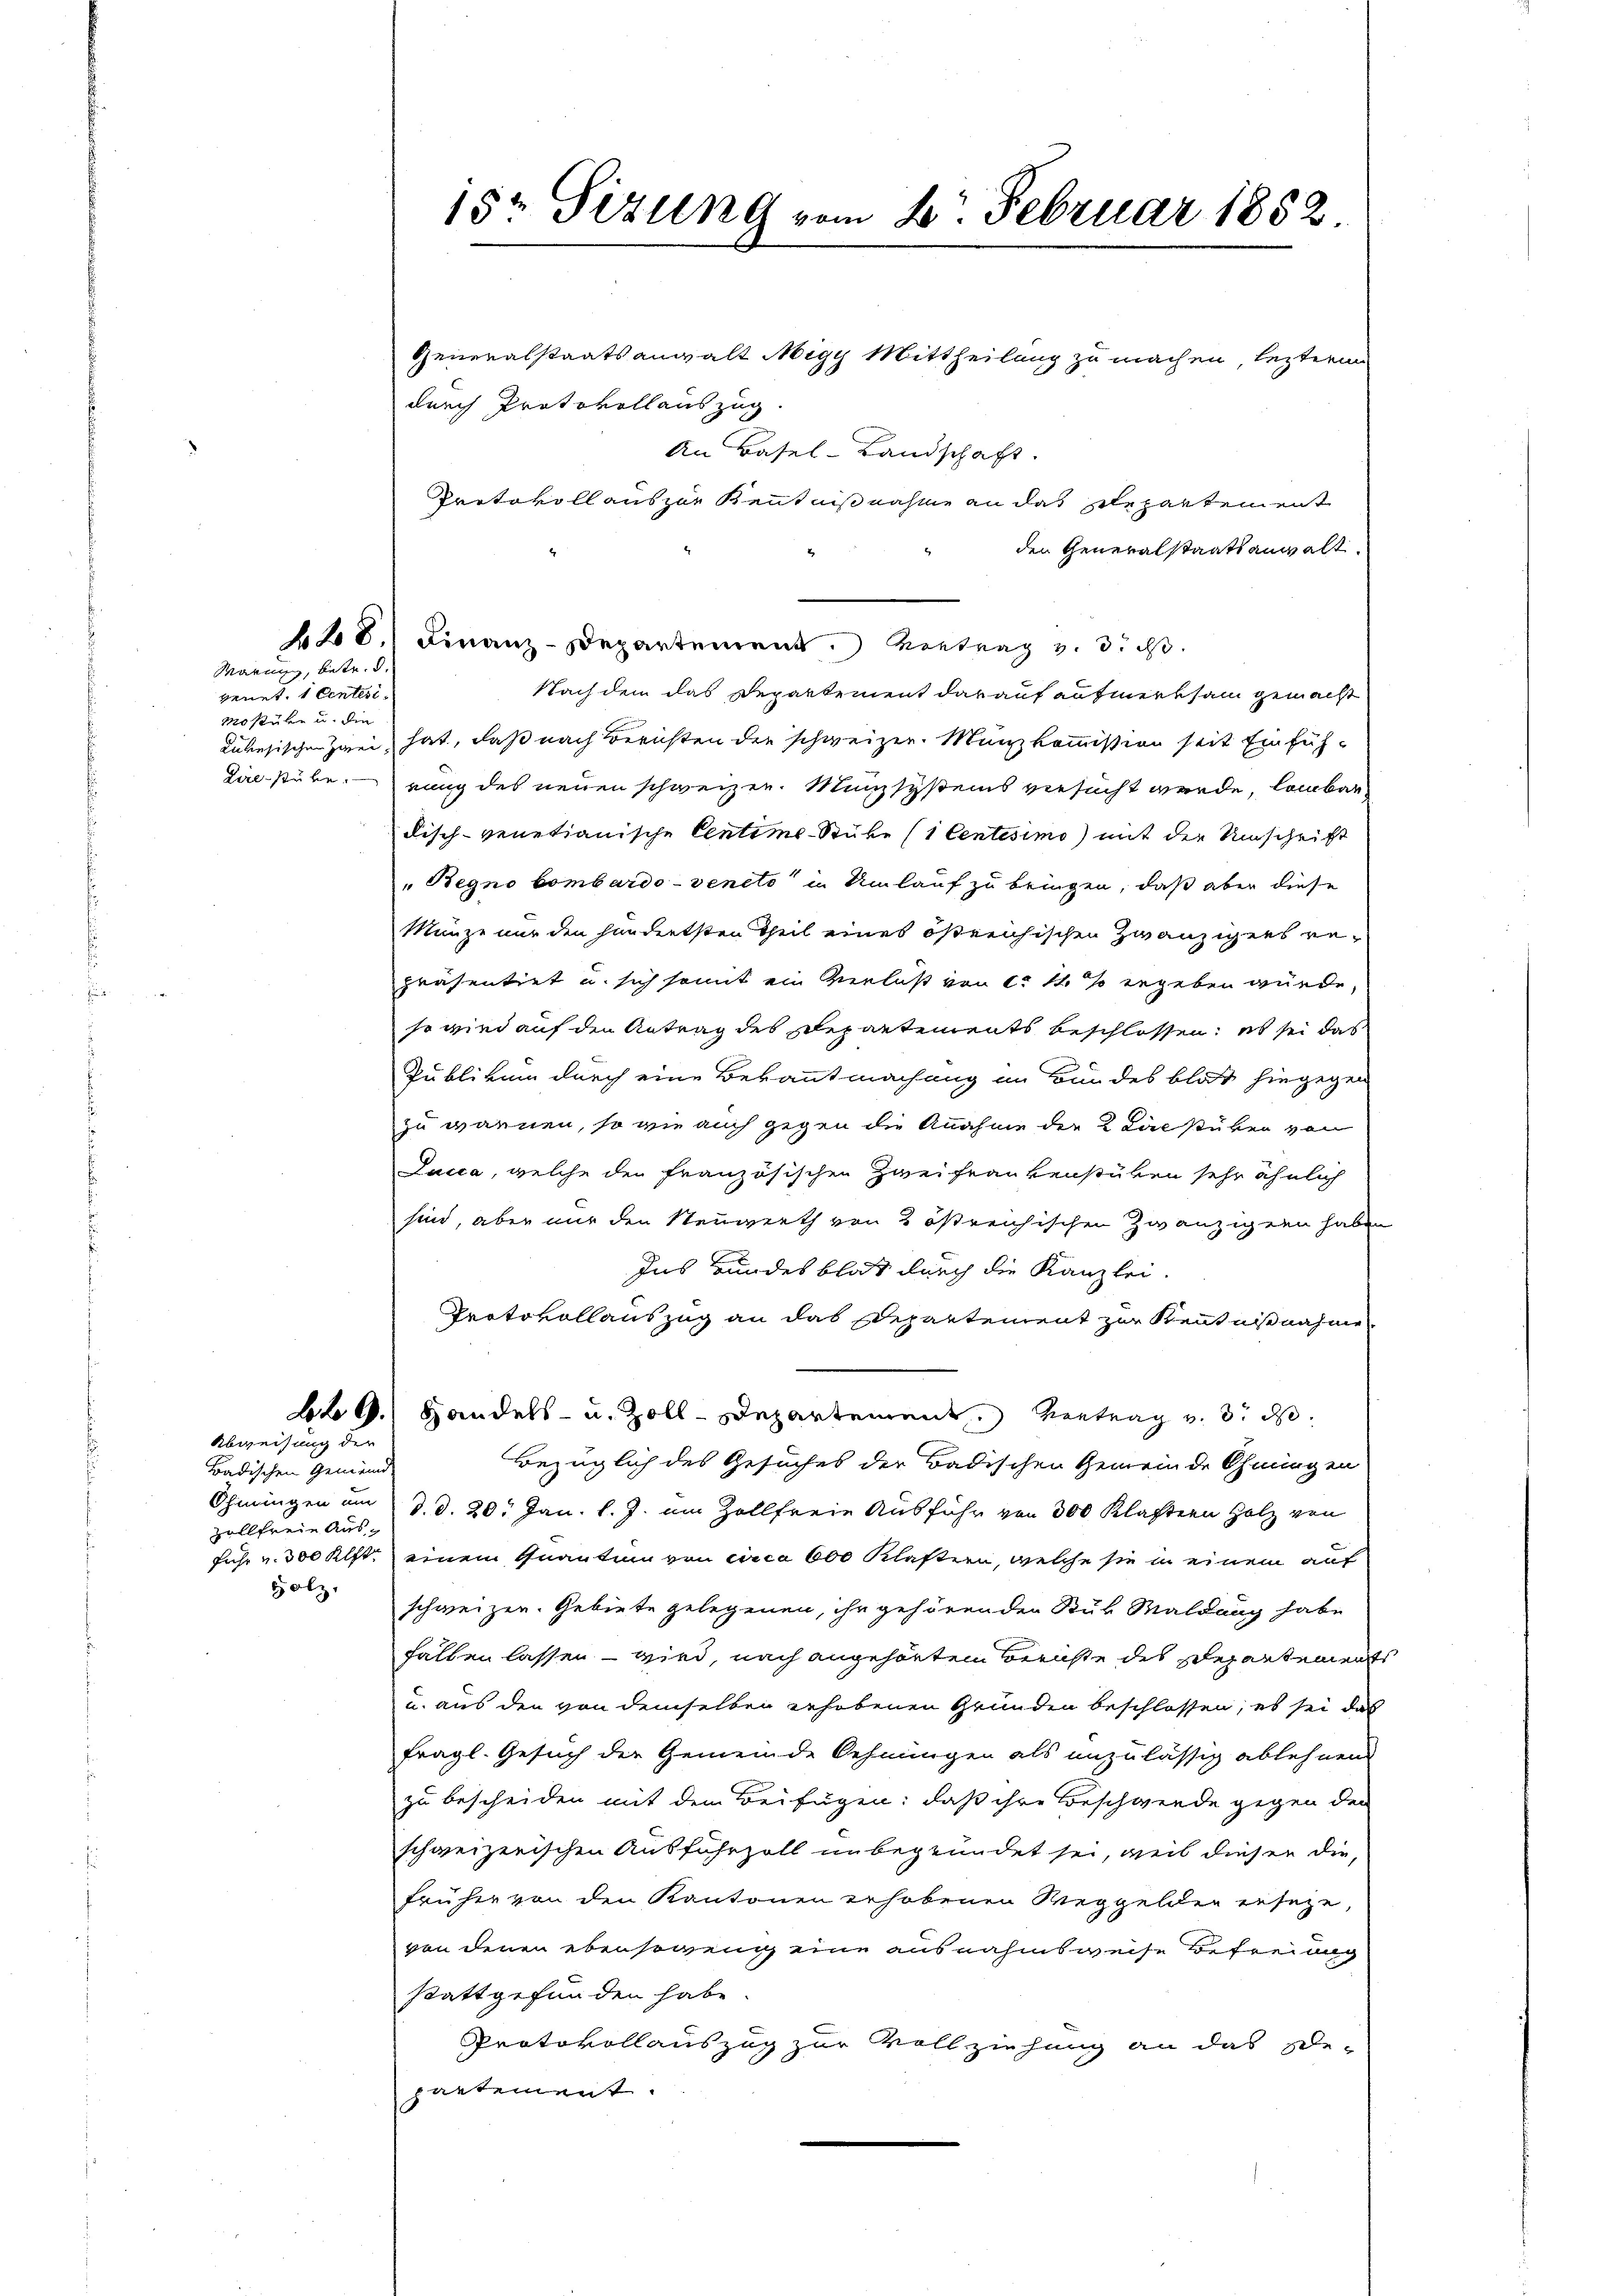
Warum, betr. d

venet, 1 Centesi¬
Mostüke u. die

Abweisung der
Badischen Gemeinde
Ohmingen um
Holz.

15. Sizung vom 2. Februar 1852

Generalstaatsanwalt Migy Mittheilung zu machen, lezteren
durch Protokollauszug.
An Basel-Landschaft.
Protokoll auszur Kenntnißnahme an das Departement
den Generalstaatsanwalt.
428. Finanz-Departement. Vortrag v. 3. ds.
Nach dem das Departement darauf aufmerksam gemacht
Luhesischen Zwei hat, daß nach Berichten der schweizer. Münzkommission seit Einfüh¬
Lire stüre ging des neuen schweizer. Münzsystems versucht wurde, lagbar
disch-venetianische Centime-Stüke (1 Centesimo mit der Umschrift
"Regno bombardo-veneto in Umlauf zu bringen, daß aber diese
Münze nur den handertsten Theil eines östreichischen Zwanzigens repräsentirt u. sich somit ein Verlust von ca 14 % ergeben würde.
so wird auf den Antrag des Departements beschlossen; es sei das
Publikum durch eine Bekanntmachung im Bundesblat hingegen
zu warmen, so wie auch gegen die Anahme der 2 Lalstücken von
Lucca, welche den französischen Zwei Frankenstüken sehr ähnlich
sind, aber nur den Neuwerth von 2 östreichischen Zwanzigern haben
Ins Bundesblat durch die Kanzlei.
Protokollauszug an das Departement zur Kenntnißnahme
9.) Handels- u. Zoll-Departement. Vortrag v. 3. d.
Bezüglich des Gesuches der Badischen Gemeinde Ohmingen
vollfreie Aus d. d. 20. Jan. l. J. um Zollfreie Ausführ von 300 Klaftern Holz von
fuhr v. 300 Klftr. einem Quantum von circa 600 Klastern, welche sie in einem auf
schweizen. Gebiete gelegenen, ihr gehörenden Sur Waldung habe
fallen lassen – wird, nach angehörten Berichte des Separtement
u. aus den von demselben gehobenen Gründen beschlossen, es sei das
fragl. Gesuch der Gemeinde Sehnungen als unzulässig ablehnen
zu bescheiden mit dem Beifügen: daß ihre Beschwende gegen der
schweizerischen Ausfuhrzoll unbegründet sei, weil dieser die
früher von den Kantonen erhobenen Weggelden geseze,
von denen ebensoweng eine ausnahmsweise Befreiung
stattgefunden habe.
Protokollauszug zur Vollziehung an das Se-
partement.